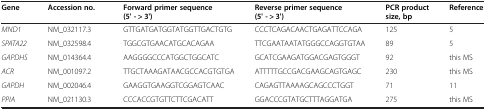
<table><thead><tr><td><b>Gene</b></td><td><b>Accession no.</b></td><td><b>Forward primer sequence (5&#x27; - &gt; 3&#x27;)</b></td><td><b>Reverse primer sequence (5&#x27; - &gt; 3&#x27;)</b></td><td><b>PCR product size, bp</b></td><td><b>Reference</b></td></tr></thead><tbody><tr><td><i>MND1</i></td><td>NM_032117.3</td><td>GTTGATGATGGTATGGTTGACTGTG</td><td>CCCTCAGACAACTGAGATTCCAGA</td><td>125</td><td>5</td></tr><tr><td><i>SPATA22</i></td><td>NM_032598.4</td><td>TGGCGTGAACATGCACAGAA</td><td>TTCGAATAATATGGGCCAGGTGTAA</td><td>89</td><td>5</td></tr><tr><td><i>GAPDHS</i></td><td>NM_014364.4</td><td>AAGGGGCCCATGGCTGGCATC</td><td>GCATCGAAGATGGACGAGTGGGT</td><td>92</td><td>this MS</td></tr><tr><td><i>ACR</i></td><td>NM_001097.2</td><td>TTGCTAAAGATAACGCCACGTGTGA</td><td>ATTTTTGCCGACGAAGCAGTGAGC</td><td>230</td><td>this MS</td></tr><tr><td><i>GAPDH</i></td><td>NM_002046.4</td><td>GAAGGTGAAGGTCGGAGTCAAC</td><td>CAGAGTTAAAAGCAGCCCTGGT</td><td>71</td><td>11</td></tr><tr><td><i>PPIA</i></td><td>NM_021130.3</td><td>CCCACCGTGTTCTTCGACATT</td><td>GGACCCGTATGCTTTAGGATGA</td><td>275</td><td>this MS</td></tr></tbody></table>